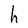
Character: h